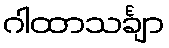
ဂါထာသင်္ချာ